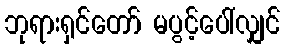
ဘုရားရှင်တော် မပွင့်ပေါ်လျှင်